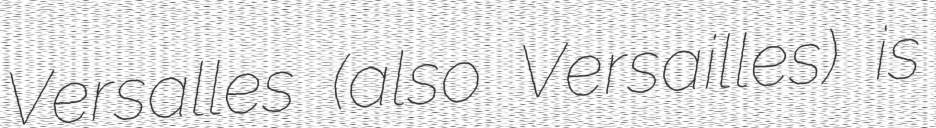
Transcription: Versalles (also Versailles) is